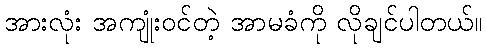
အားလုံး အကျုံးဝင်တဲ့ အာမခံကို လိုချင်ပါတယ်။